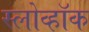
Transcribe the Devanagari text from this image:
स्लोव्हॉक